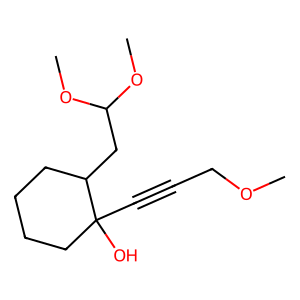
SMILES: COCC#CC1(O)CCCCC1CC(OC)OC
Inhibits HIV replication: No